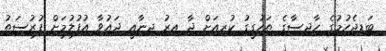
ބަޑިޖެހުމުގެ ހާދިސާގެ ތަހުގީގު ކުރިއަށް ދާ އިރު ޖިނާއީ ދައުވާ އުފުލުމަށް ފުރުސަތު